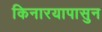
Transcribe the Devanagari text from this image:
किनारयापासुन